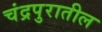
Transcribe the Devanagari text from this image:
चंद्रपुरातील